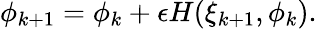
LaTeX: \begin{array}{r}{\phi_{k+1}=\phi_{k}+\epsilon H(\xi_{k+1},\phi_{k}).}\end{array}